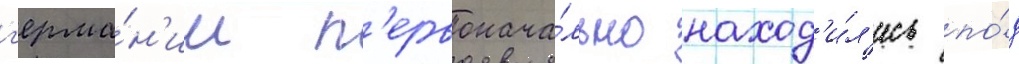
г'ерма́н'ии п'ервонача́льно наход'и́л'ись по́д